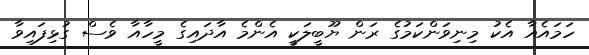
ހަމައެއާ އެކު މިނިވަންކަމުގެ ރަން ޔޫބީލަކީ އެންމެ އާދައިގެ މީހާއާ ވެސް ގުޅިފައިވާ